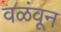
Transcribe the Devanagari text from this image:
वळंवून